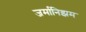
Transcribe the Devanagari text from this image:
जर्मानिझम